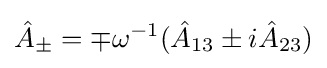
{\hat {A}}_{\pm }=\mp \omega ^{-1}({\hat {A}}_{13}\pm i{\hat {A}}_{23})